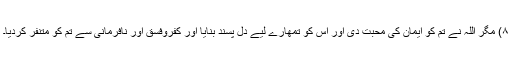
۸) مگر اللہ نے تم کو ایمان کی محبت دی اور اس کو تمھارے لیے دل پسند بنایا اور کفروفسق اور نافرمانی سے تم کو متنفر کردیا۔